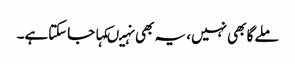
ملے گا بھی نہیں، یہ بھی نہیںکہا جاسکتاہے۔